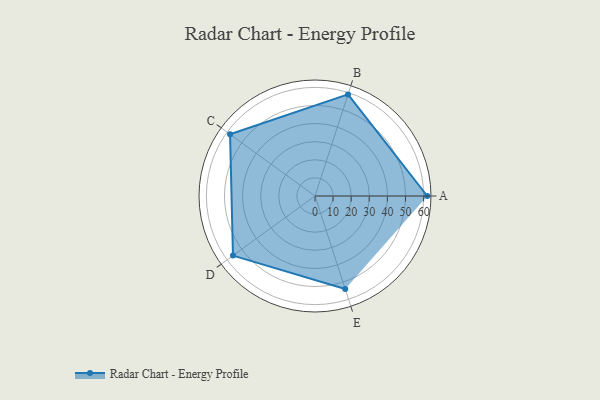
{"axis": {"x": "Skill", "y": "Score"}, "legend": ["Profile"], "data": [{"x": "A", "y": 62.0, "type": "Profile"}, {"x": "B", "y": 59.0, "type": "Profile"}, {"x": "C", "y": 58.0, "type": "Profile"}, {"x": "D", "y": 56.0, "type": "Profile"}, {"x": "E", "y": 54.0, "type": "Profile"}]}